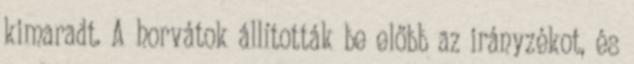
kimaradt. A horvátok állították be előbb az irányzékot, és